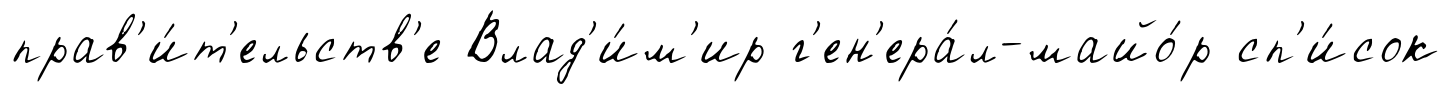
прав'и́т'ельств'е Влад'и́м'ир г'ен'ера́л-майо́р сп'и́сок